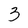
Character: 3